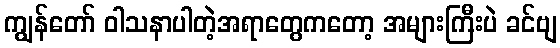
ကျွန်တော် ဝါသနာပါတဲ့အရာတွေကတော့ အများကြီးပဲ ခင်ဗျ